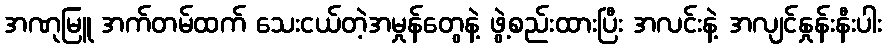
အဏုမြူ အက်တမ်ထက် သေးငယ်တဲ့အမှုန်တွေနဲ့ ဖွဲ့စည်းထားပြီး အလင်းနဲ့ အလျင်နှုန်းနီးပါး